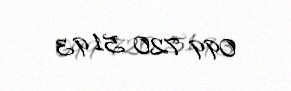
099 720 51 93